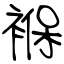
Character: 褓